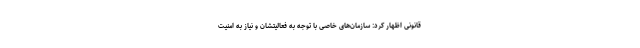
قانونی اظهار کرد: سازمان‌های خاصی با توجه به فعالیتشان و نیاز به امنیت